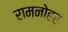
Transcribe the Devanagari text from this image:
रामनोहर